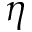
\eta